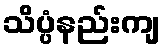
သိပ္ပံနည်းကျ